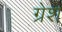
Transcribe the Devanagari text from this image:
ग्रेश